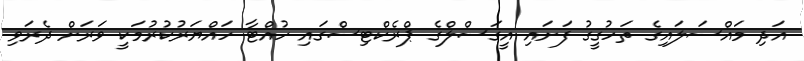
އަދި މައްސަލައިގެ ތަހުގީގު ފަށައި އީގަސްލްގެ ޕްރެކްޓިސްގައި ހުއްޓާ ހައްޔަރުކުރުމަކީ ވަރަށް ދެރަވި